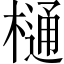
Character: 樋